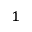
^ 1